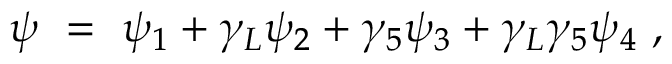
\psi \ = \ \psi _ { 1 } + \gamma _ { L } \psi _ { 2 } + \gamma _ { 5 } \psi _ { 3 } + \gamma _ { L } \gamma _ { 5 } \psi _ { 4 } \ ,